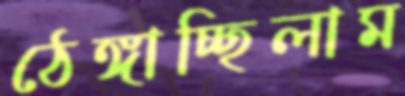
ঠেঙ্গাচ্ছিলাম